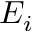
E _ { i }